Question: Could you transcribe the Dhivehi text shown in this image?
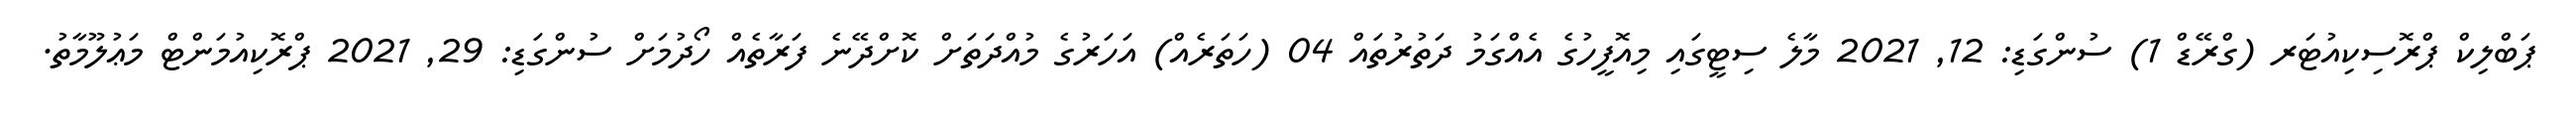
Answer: ޕަބްލިކް ޕްރޮސިކިއުޓަރ (ގްރޭޑް 1) ސުންގަޑި: 12, 2021 މާލެ ސިޓީގައި މިއޮފީހުގެ އެއްގަމު ދަތުރުތައް 04 (ހަތަރެއް) އަހަރުގެ މުއްދަތަށް ކޮށްދޭނެ ފަރާތެއް ހޯދުމަށް ސުންގަޑި: 29, 2021 ޕްރޮކިއުމަންޓް މަޢުލޫމާތު.